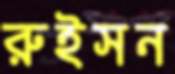
রুইসন